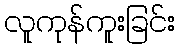
လူကုန်ကူးခြင်း